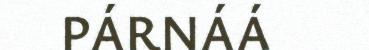
PÁRNÁÁ